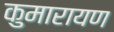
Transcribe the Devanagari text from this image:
कुमारायण